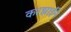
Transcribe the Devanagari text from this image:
करझाईंने